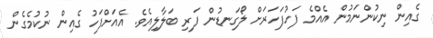
ގެއިން ނިކުންނަމުން އެއްމެ ފަަހުފަހަރަށް ލޯގަނޑުން ފަރި ބަލާލިއެވެ. އެއަށްފަހު ގެއިން ނުކުމެގެން